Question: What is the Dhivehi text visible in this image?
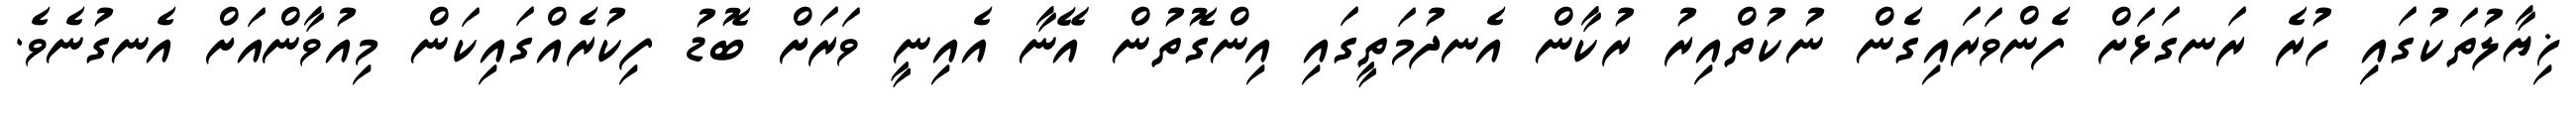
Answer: ޚިޔާލުތަކުގައި ހުރެ ރަނގަޅަށް ފެންވަރައިގެން ނުކުތްއިރު ރުކާން އެނދުމަތީގައި އިންގޮތުން އޭނާ އެއިނީ ވަރަށް ބޮޑު ފިކުރެއްގައިކަން މިއުވާންއަށް އެނގުނެވެ.